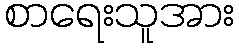
စာရေးသူအား